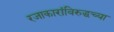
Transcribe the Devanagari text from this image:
रजाकारांविरुद्धच्या